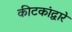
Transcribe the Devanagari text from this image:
कीटकांद्वारे